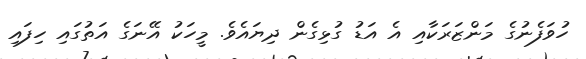
ހުވަފެނުގެ މަންޒަރަކާއި އެ އަޑު ގުޅިގެން ދިޔައެވެ. މީހަކު އޭނަގެ އަތުގައި ހިފައި